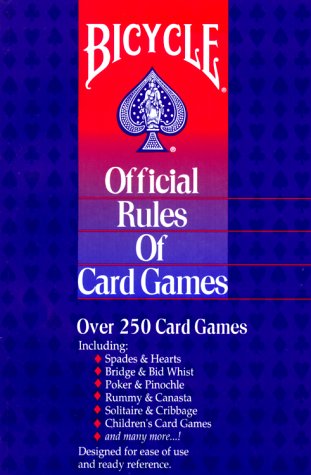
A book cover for Bicycle Official Rules of Card Games; United States Playing Card Company; Humor & Entertainment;